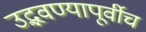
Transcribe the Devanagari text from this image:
उद्भवण्यापूर्वीच